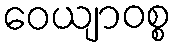
ဝေယျာဝစ္စ